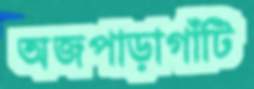
অজপাড়াগাঁটি